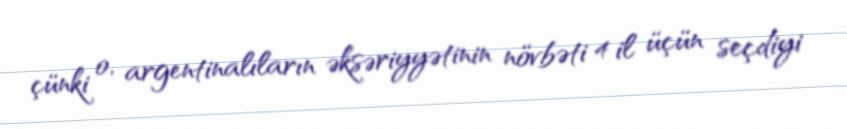
çünki o, argentinalıların əksəriyyətinin növbəti 4 il üçün seçdiyi